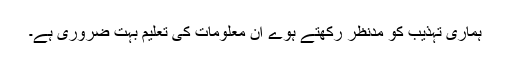
ہماری تہذیب کو مدنظر رکھتے ہوے ان معلومات کی تعلیم بہت ضروری ہے۔